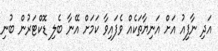
އަދި ނާފިއު އަށް އަނިޔާތަކެއް ވެފައިވާ ކަމަށް އޭނާ ބެލި ޑޮކްޓަރުން ބުނި